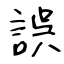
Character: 誤